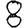
Digit: 8